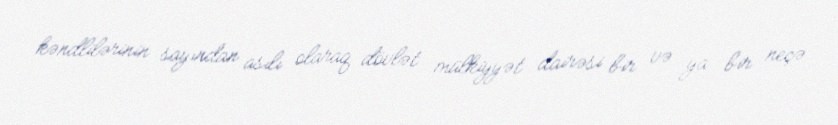
kəndlilərinin sayından asılı olaraq dövlət mülkiyyət dairəsi bir və ya bir neçə